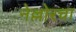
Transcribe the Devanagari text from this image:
नेल्लोरचा